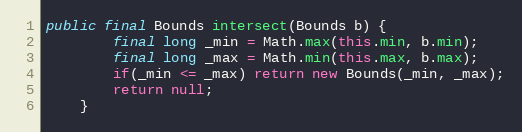
Language: Java
public final Bounds intersect(Bounds b) {
		final long _min = Math.max(this.min, b.min);
		final long _max = Math.min(this.max, b.max);
		if(_min <= _max) return new Bounds(_min, _max);
		return null;
	}